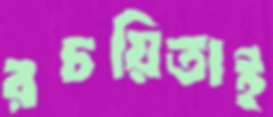
রচয়িতাই